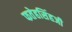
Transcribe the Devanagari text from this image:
फतेहसिंहजी